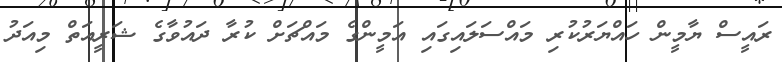
ރައީސް ޔާމީން ހައްޔަރުކުރި މައްސަލައިގައި އަމީންގެ މައްޗަށް ކުރާ ދައުވާގެ ޝަރީއަތް މިއަދު